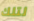
لتلك